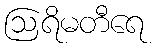
ဩရိမတီရေ